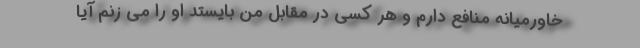
خاورمیانه منافع دارم و هر کسی در مقابل من بایستد او را می زنم آیا